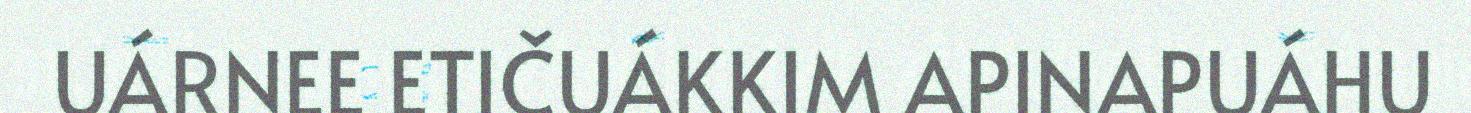
UÁRNEE ETIČUÁKKIM APINAPUÁHU